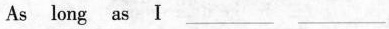
As long as I ___ ___